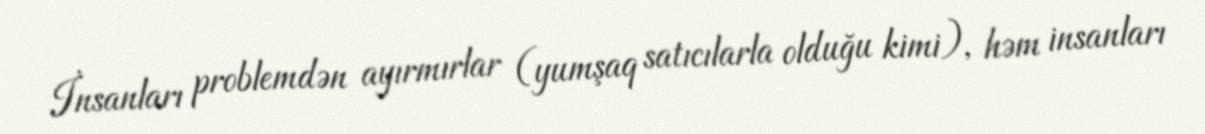
İnsanları problemdən ayırmırlar (yumşaq satıcılarla olduğu kimi), həm insanları